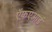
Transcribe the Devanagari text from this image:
ऍफ़एआई